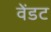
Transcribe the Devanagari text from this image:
वेंडट